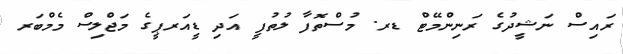
ރައިސް ނަޝީދުގެ ރަނިންމޭޓް ޑރ. މުސްތޮފާ ލުތުފީ އަދި ޑީއަރޕީގެ މަޖްލިސް މެމްބަރ